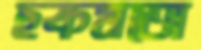
ছকমতো